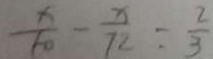
\frac { x } { 6 0 } - \frac { x } { 7 2 } = \frac { 2 } { 3 }